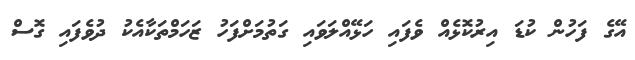
އޭގެ ފަހުން ކުޑަ އިރުކޮޅެއް ވެފައި ހަޅޭއްލަވައި ގަތުމަށްފަހު ޒަހަމްތަކާއެކު ދުވެފައި ގޮސް